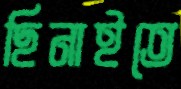
ছিনাইতে